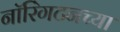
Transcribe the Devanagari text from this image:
नॉरिंगटनच्या